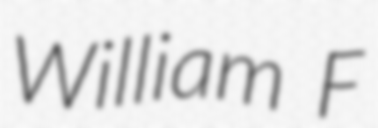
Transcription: William F